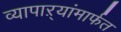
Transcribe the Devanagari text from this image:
व्यापाऱ्यांमार्फत